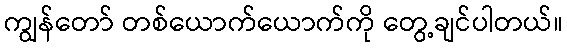
ကျွန်တော် တစ်ယောက်ယောက်ကို တွေ့ချင်ပါတယ်။